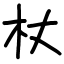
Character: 杖